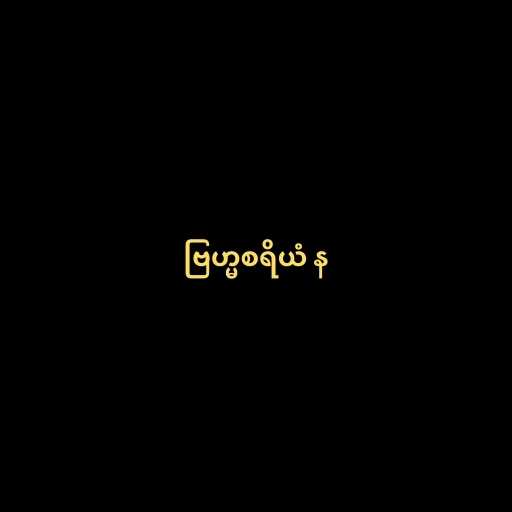
ဗြဟ္မစရိယံ န